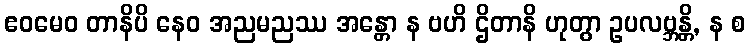
ဧဝမေဝ တာနိပိ နေဝ အညမညဿ အန္တော န ဗဟိ ဌိတာနိ ဟုတွာ ဥပလဗ္ဘန္တိ, န စ